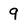
Character: 9